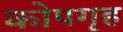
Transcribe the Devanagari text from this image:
कोपगृह